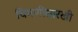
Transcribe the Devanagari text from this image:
चिमणीसारखी